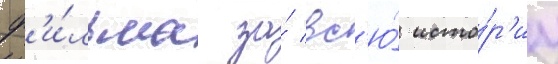
ф'и́льма за́ вс'ю́ исто́р'иу